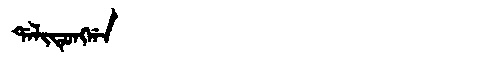
Manchu: ᡩᠠᠯᡳᡨᡠᠩᡤᠠ
Romanization: DALITUNGGA